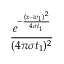
\frac { e ^ { - \frac { ( x - w _ { 1 } ) ^ { 2 } } { 4 \sigma t _ { 1 } } } } { ( 4 \pi \sigma t _ { 1 } ) ^ { 2 } }